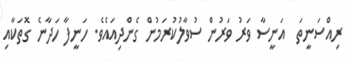
ރިއްސަނީތަ  އަނީސާ ވަރު ވަރުން ސުވާލުކުރަމުން ގެންދިއައެވެ. ހަނީފާ ހަދާނެ ގޮތަކާއި